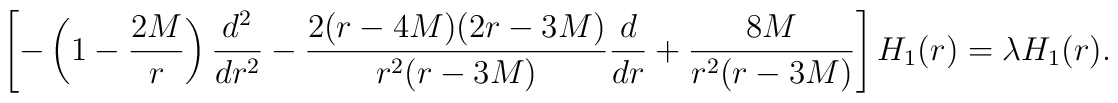
\left[-\left(1-\frac{2M}{r}\right)\frac{d^2}{dr^2} -\frac{2(r-4M)(2r-3M)}{r^2(r-3M)}\frac{d}{dr} +\frac{8M}{r^2(r-3M)}\right] H_1(r) = \lambda H_1(r).